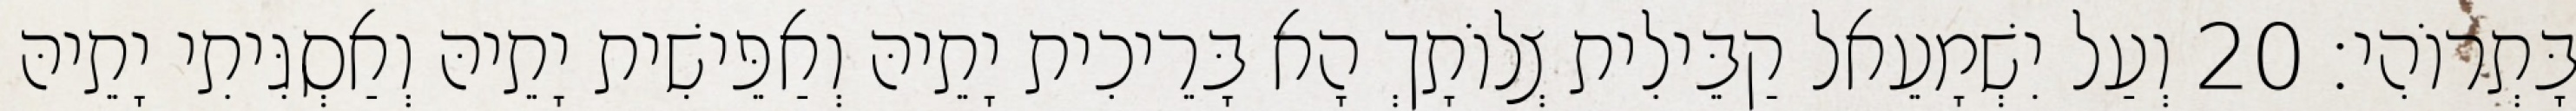
בָּתְרוֹהִי׃ 20 וְעַל יִשְׁמָעֵאל קַבֵּילִית צְלוֹתָךְ הָא בָּרֵיכִית יָתֵיהּ וְאַפֵּישִׁית יָתֵיהּ וְאַסְגִּיתִי יָתֵיהּ